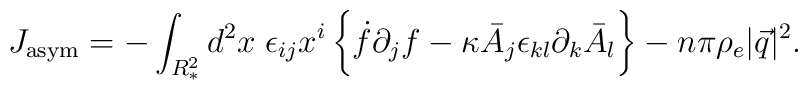
J_{{\rm asym}} = -   \int_{R^2_*} d^2 x \;  \epsilon_{ij}x^i \,\biggl\{\dot{f}\partial_j f - \kappa\bar{A}_j \epsilon_{kl}\partial_k \bar{A}_l \biggr\}  - n\pi \rho_e |\vec{q}|^2 .